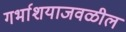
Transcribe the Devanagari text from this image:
गर्भाशयाजवळील